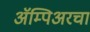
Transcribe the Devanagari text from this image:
ॲम्पिअरचा